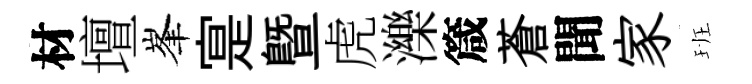
材壇峯寔暨虎濼箴蒼聞家班